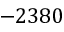
- 2 3 8 0